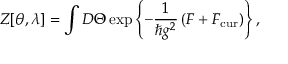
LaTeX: Z [ \theta , \lambda ] = \int { \cal D } \Theta \exp \left\{ - \frac { 1 } { \hbar g ^ { 2 } } \left( { \cal F } + { \cal F } _ { \mathrm { c u r } } \right) \right\} ,